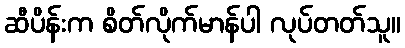
ဆီပိန်းက စိတ်လိုက်မာန်ပါ လုပ်တတ်သူ။